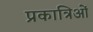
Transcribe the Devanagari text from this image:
प्रकात्रिओं